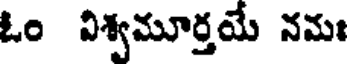
ఓం విశ్వమూర్తయే నమః